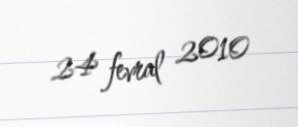
24 fevral 2010